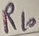
Text: R10